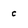
Character: c